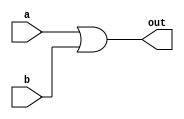
module or_gate(input wire a, input wire b, output reg out);
  
  always @ (a or b)
    begin
    out = a | b;
    end
  
endmodule